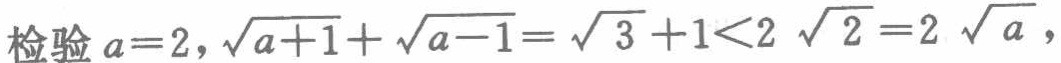
检验 \(a = 2\)，\(\sqrt{a + 1}+\sqrt{a - 1}=\sqrt{3}+1<2\sqrt{2}=2\sqrt{a}\)，